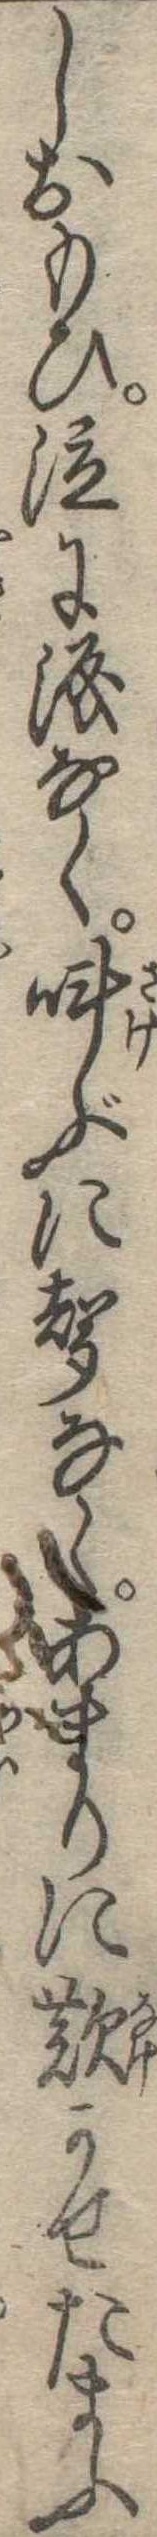
しおもひ泣に涙なく叫ぶに声なくあまりに歎かせたまふ